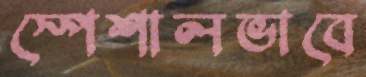
স্পেশালভাবে